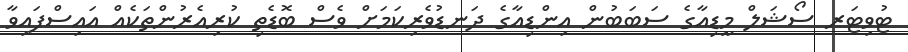
ޓުވިޓަރ ސޯޝަލް މީޑިއާގެ ސަބަބުން އިންޑިއާގެ ދަނޑުވެރިކަމަށް ވެސް ބޮޑެތި ކުރިއެރުންތަކެއް އައިސްފައިވާ